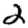
Digit: 2